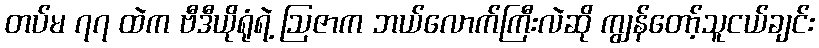
တပ်မ ၇၇ ထဲက ဗီဒီယိုရုံရဲ့ ဩဇာက ဘယ်လောက်ကြီးလဲဆို ကျွန်တော့်သူငယ်ချင်း